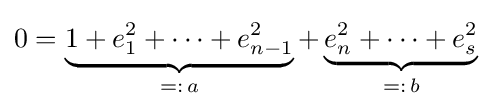
0=\underbrace {1+e_{1}^{2}+\cdots +e_{n-1}^{2}} _{=:\,a}+\underbrace {e_{n}^{2}+\cdots +e_{s}^{2}} _{=:\,b}\;